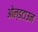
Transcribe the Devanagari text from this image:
ओल्डटाउन